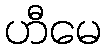
ဟီမေ